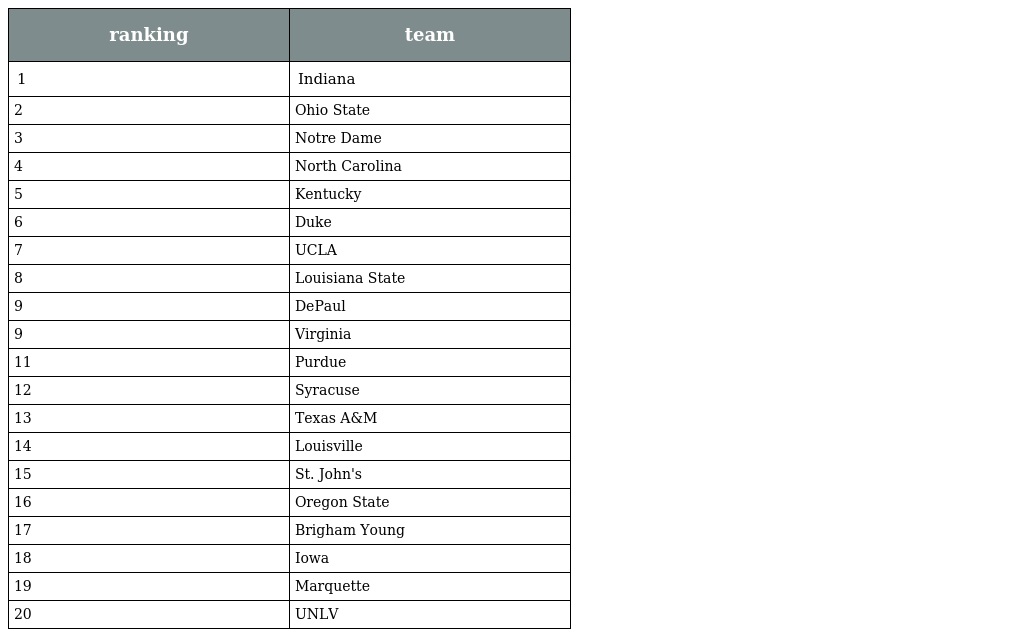
| ranking | team |
 | --- | --- |
 | 1 | Indiana |
 | 2 | Ohio State |
 | 3 | Notre Dame |
 | 4 | North Carolina |
 | 5 | Kentucky |
 | 6 | Duke |
 | 7 | UCLA |
 | 8 | Louisiana State |
 | 9 | DePaul |
 | 9 | Virginia |
 | 11 | Purdue |
 | 12 | Syracuse |
 | 13 | Texas A&M |
 | 14 | Louisville |
 | 15 | St. John's |
 | 16 | Oregon State |
 | 17 | Brigham Young |
 | 18 | Iowa |
 | 19 | Marquette |
 | 20 | UNLV |